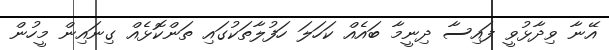
އޭނާ ވިދާޅުވީ ފައިސާ ދިނީމާ ބައެއް ކަހަލަ ހަފުލާތަކުގައި ތަންކޮޅެއް ގިނައިން މީހުން